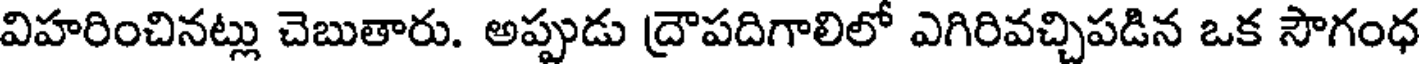
విహరించినట్లు చెబుతారు. అప్పుడు ద్రౌపదిగాలిలో ఎగిరివచ్చిపడిన ఒక సౌగంధ